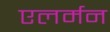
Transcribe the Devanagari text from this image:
एलर्मन